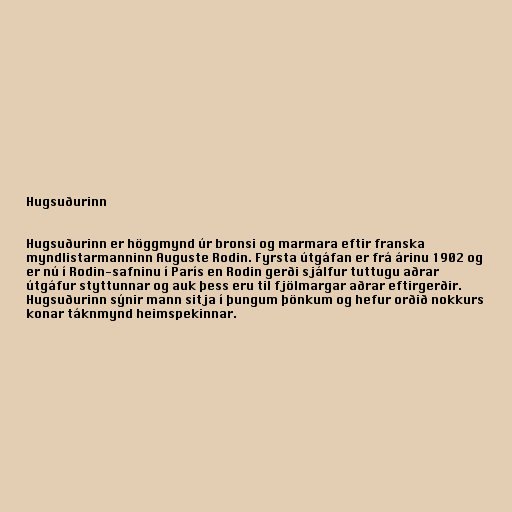
Hugsuðurinn

Hugsuðurinn er höggmynd úr bronsi og marmara eftir franska
myndlistarmanninn Auguste Rodin. Fyrsta útgáfan er frá árinu 1902 og
er nú í Rodin-safninu í París en Rodin gerði sjálfur tuttugu aðrar
útgáfur styttunnar og auk þess eru til fjölmargar aðrar eftirgerðir.
Hugsuðurinn sýnir mann sitja í þungum þönkum og hefur orðið nokkurs
konar táknmynd heimspekinnar.